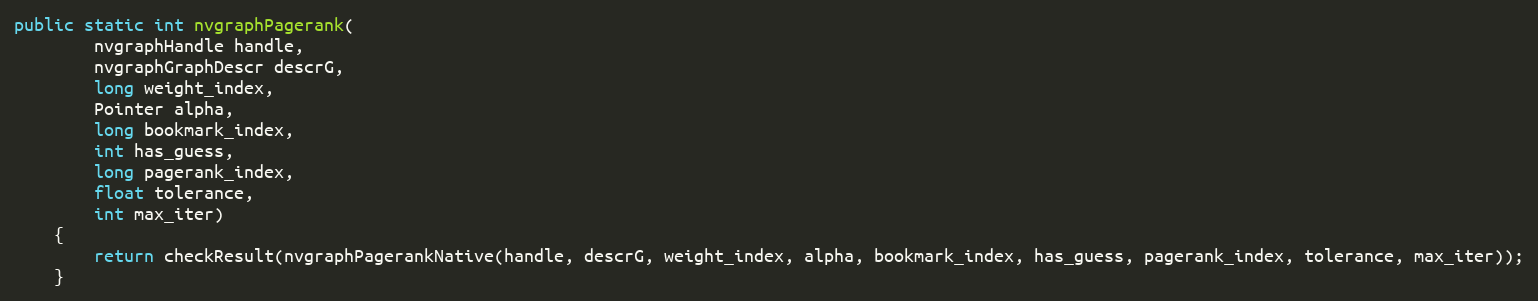
Language: Java
public static int nvgraphPagerank(
        nvgraphHandle handle,
        nvgraphGraphDescr descrG,
        long weight_index,
        Pointer alpha,
        long bookmark_index,
        int has_guess,
        long pagerank_index,
        float tolerance,
        int max_iter)
    {
        return checkResult(nvgraphPagerankNative(handle, descrG, weight_index, alpha, bookmark_index, has_guess, pagerank_index, tolerance, max_iter));
    }